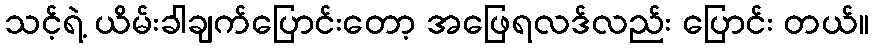
သင့်ရဲ့ ယိမ်းခါချက်ပြောင်းတော့ အဖြေရလဒ်လည်း ပြောင်း တယ်။